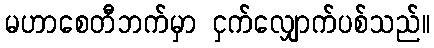
မဟာစေတီဘက်မှာ ငှက်လျှောက်ပစ်သည်။